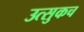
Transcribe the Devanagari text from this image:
उत्सुकच